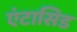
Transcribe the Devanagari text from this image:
एंटासिड